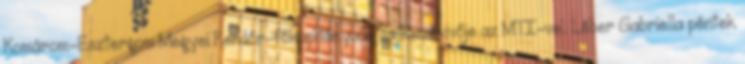
Komárom-Esztergom Megyei Rendőr-főkapitányság sajtószóvivője az MTI-vel. Léber Gabriella péntek